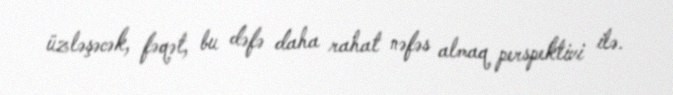
üzləşəcək, fəqət, bu dəfə daha rahat nəfəs almaq perspektivi ilə.